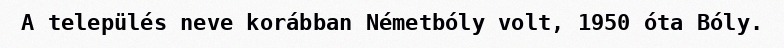
A település neve korábban Németbóly volt, 1950 óta Bóly.